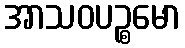
အာသဝပဉ္စမော